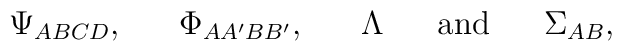
\Psi_{ABCD},\ \ \ \ \ \Phi_{AA'BB'},\ \ \ \ \ \Lambda\ \ \ \ \ {\rm and}\ \ \ \ \ \Sigma_{AB},